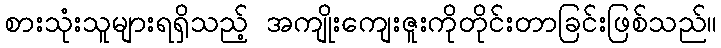
စားသုံးသူများရရှိသည့် အကျိုးကျေးဇူးကိုတိုင်းတာခြင်းဖြစ်သည်။